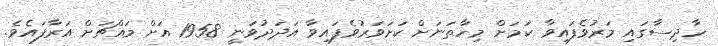
ހާދިސާގައި މަރުވެފައިވާ ކަމަށް މިހާތަނަށް ކަށަވަރުވެފައިވާ އަދަދުވަނީ 1958 އަށް މައްޗަށް އަރާފައެވެ.